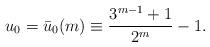
LaTeX: \begin{align*} u_0 = \bar{u}_0(m) \equiv \frac{3^{m-1}+1}{2^m} -1. \end{align*}